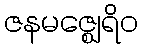
ဇနမဇ္ဈေရိဝ